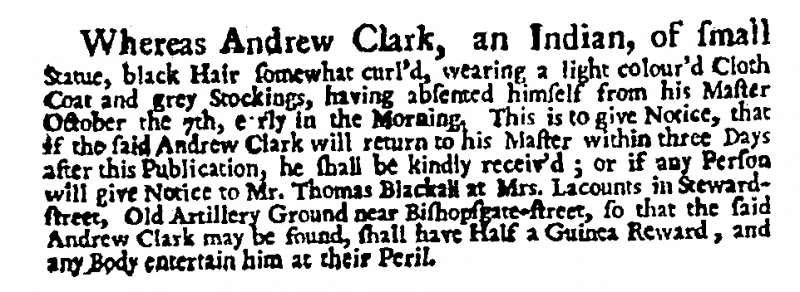
Daily Post, 8 October 1725 (England)
Whereas Andrew Clark, an Indian, of small Statue, black Hair somewhat curl’d, wearing a light colour’d Cloth Coat and grey Stockings, having absented himself from his Master October the 7th, early in the Morning. This is to give Notice, that if the said Andrew Clark will return to his Master within three Days after this Publication, he shall be kindly receiv’d; or if any Person will give Notice to Mr. Thomas Blackall at Mrs. Lacounts in Steward-street, Old Artillery Ground near Bishopsgate-street, so that the said Andrew Clark may be found, shall have Half a Guinea Reward, and any Body entertain him at their Peril.